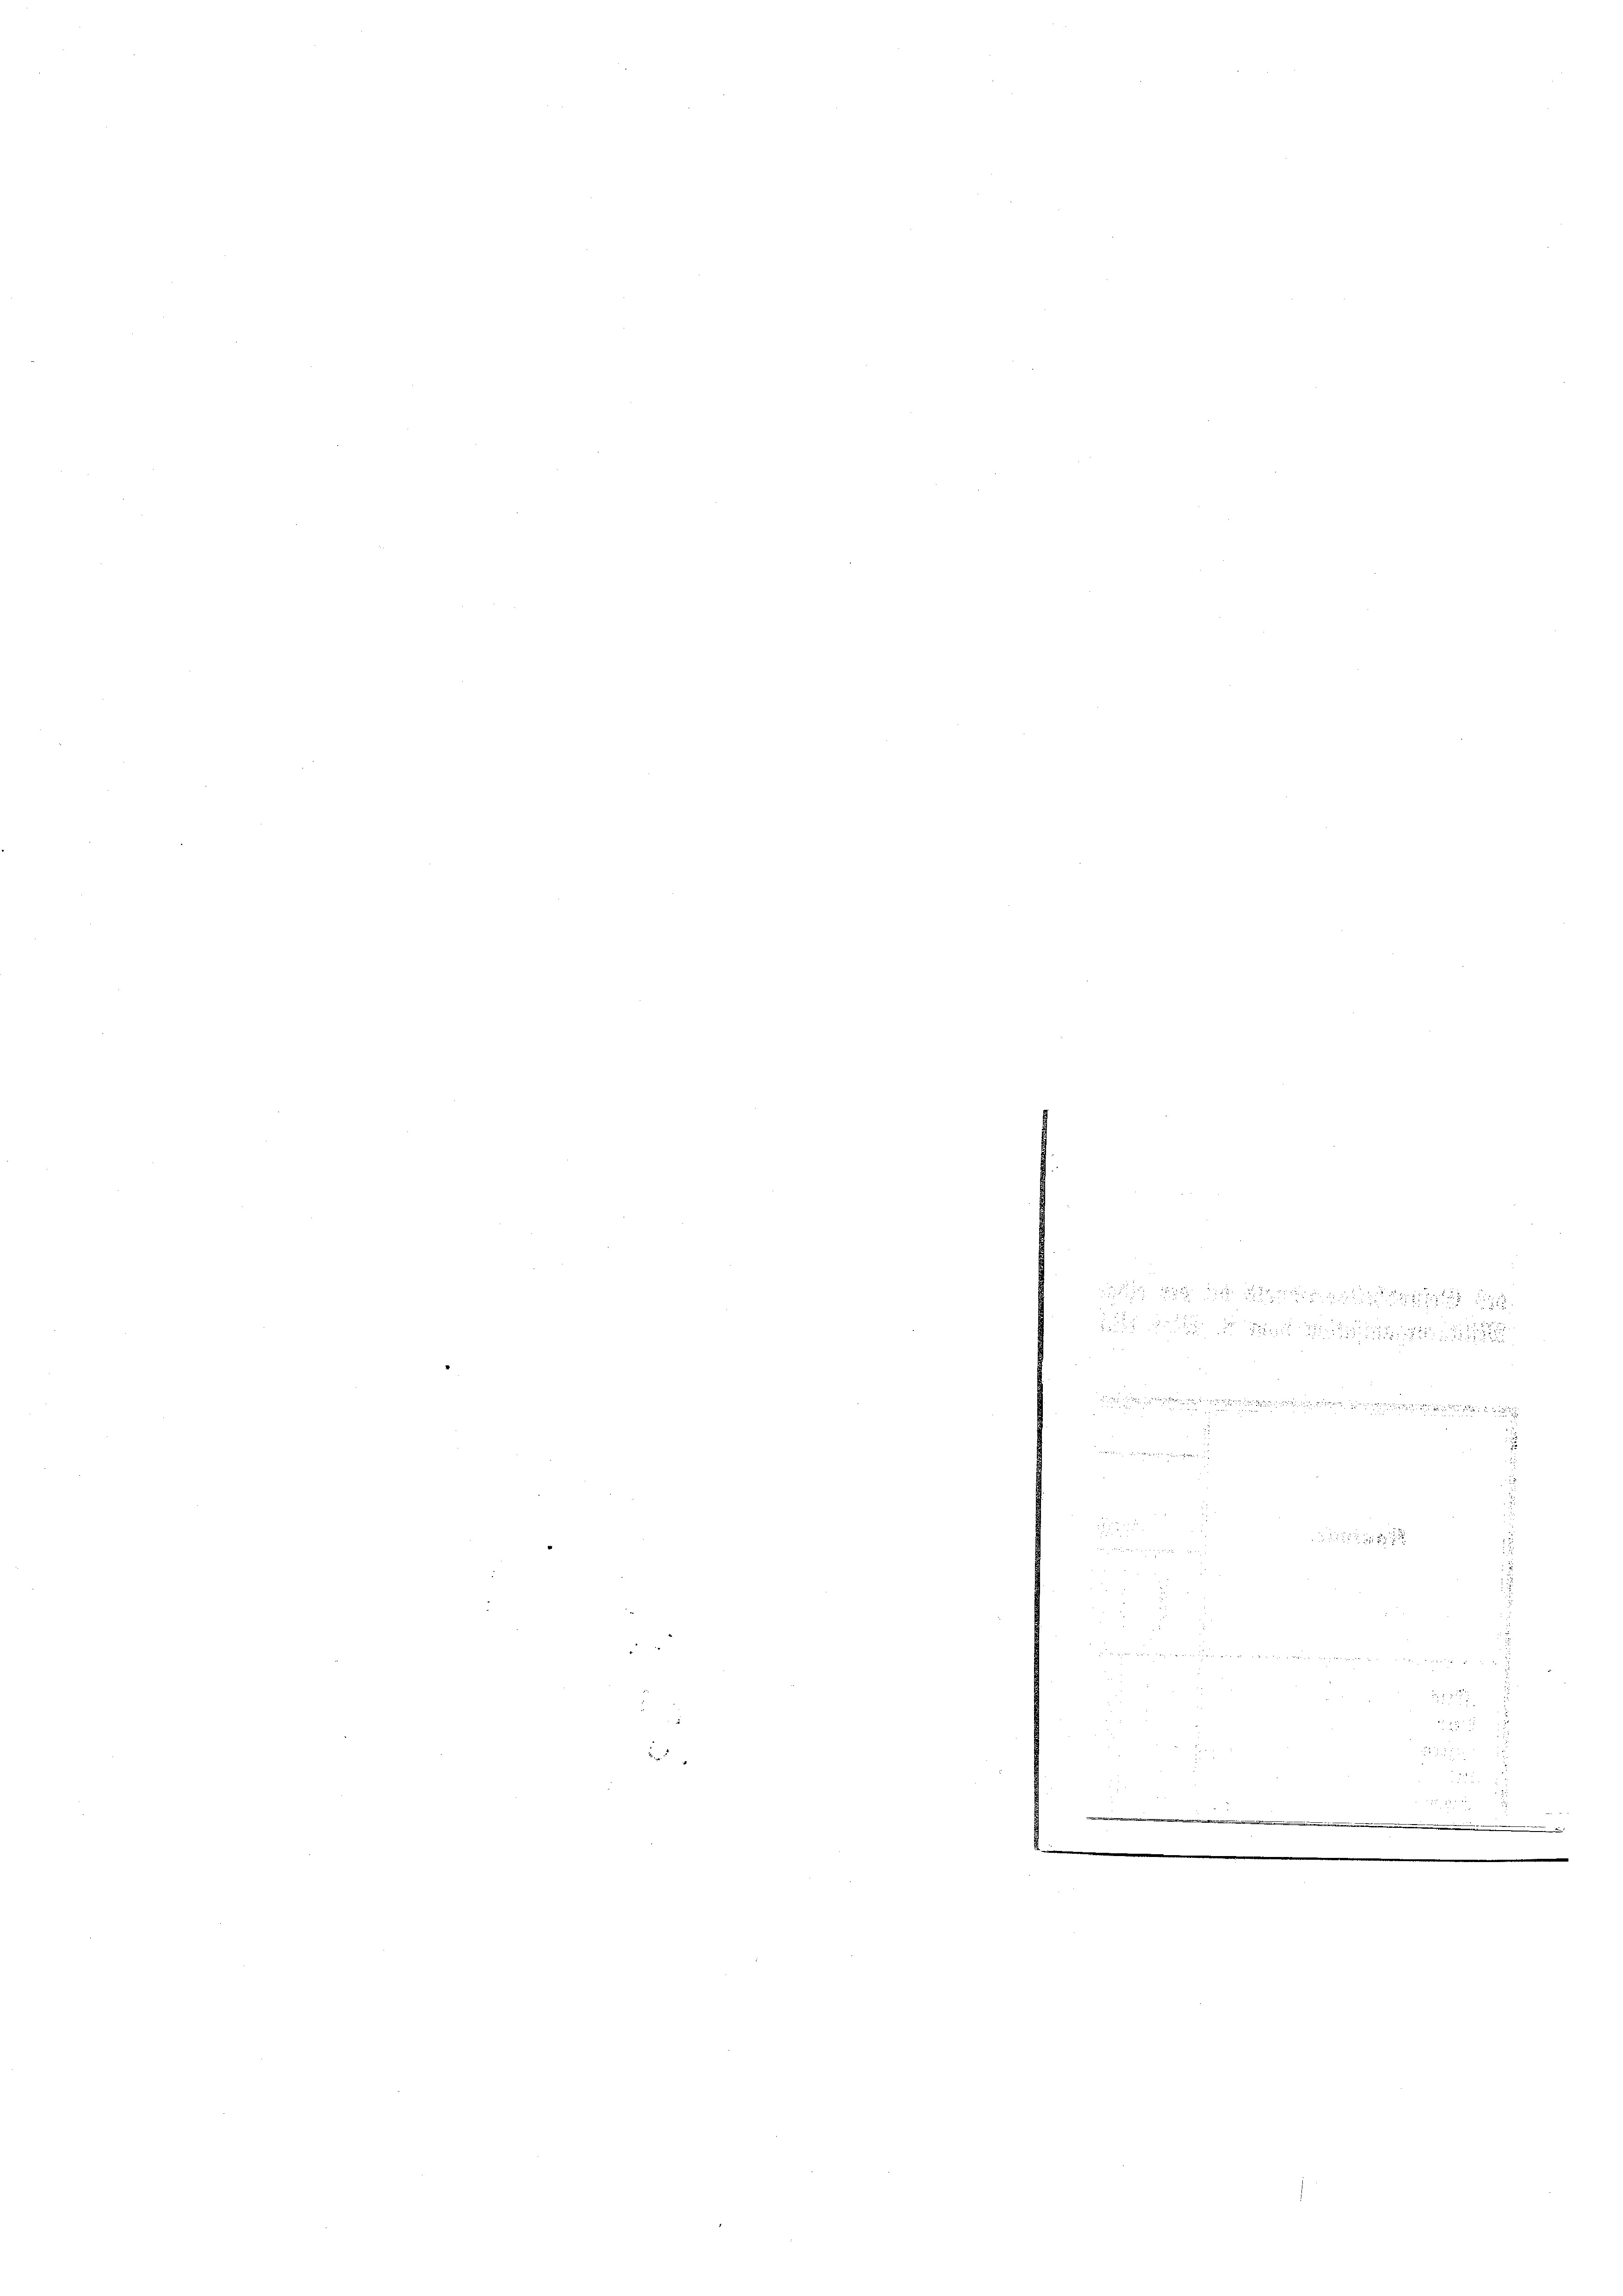
u
.
w

i